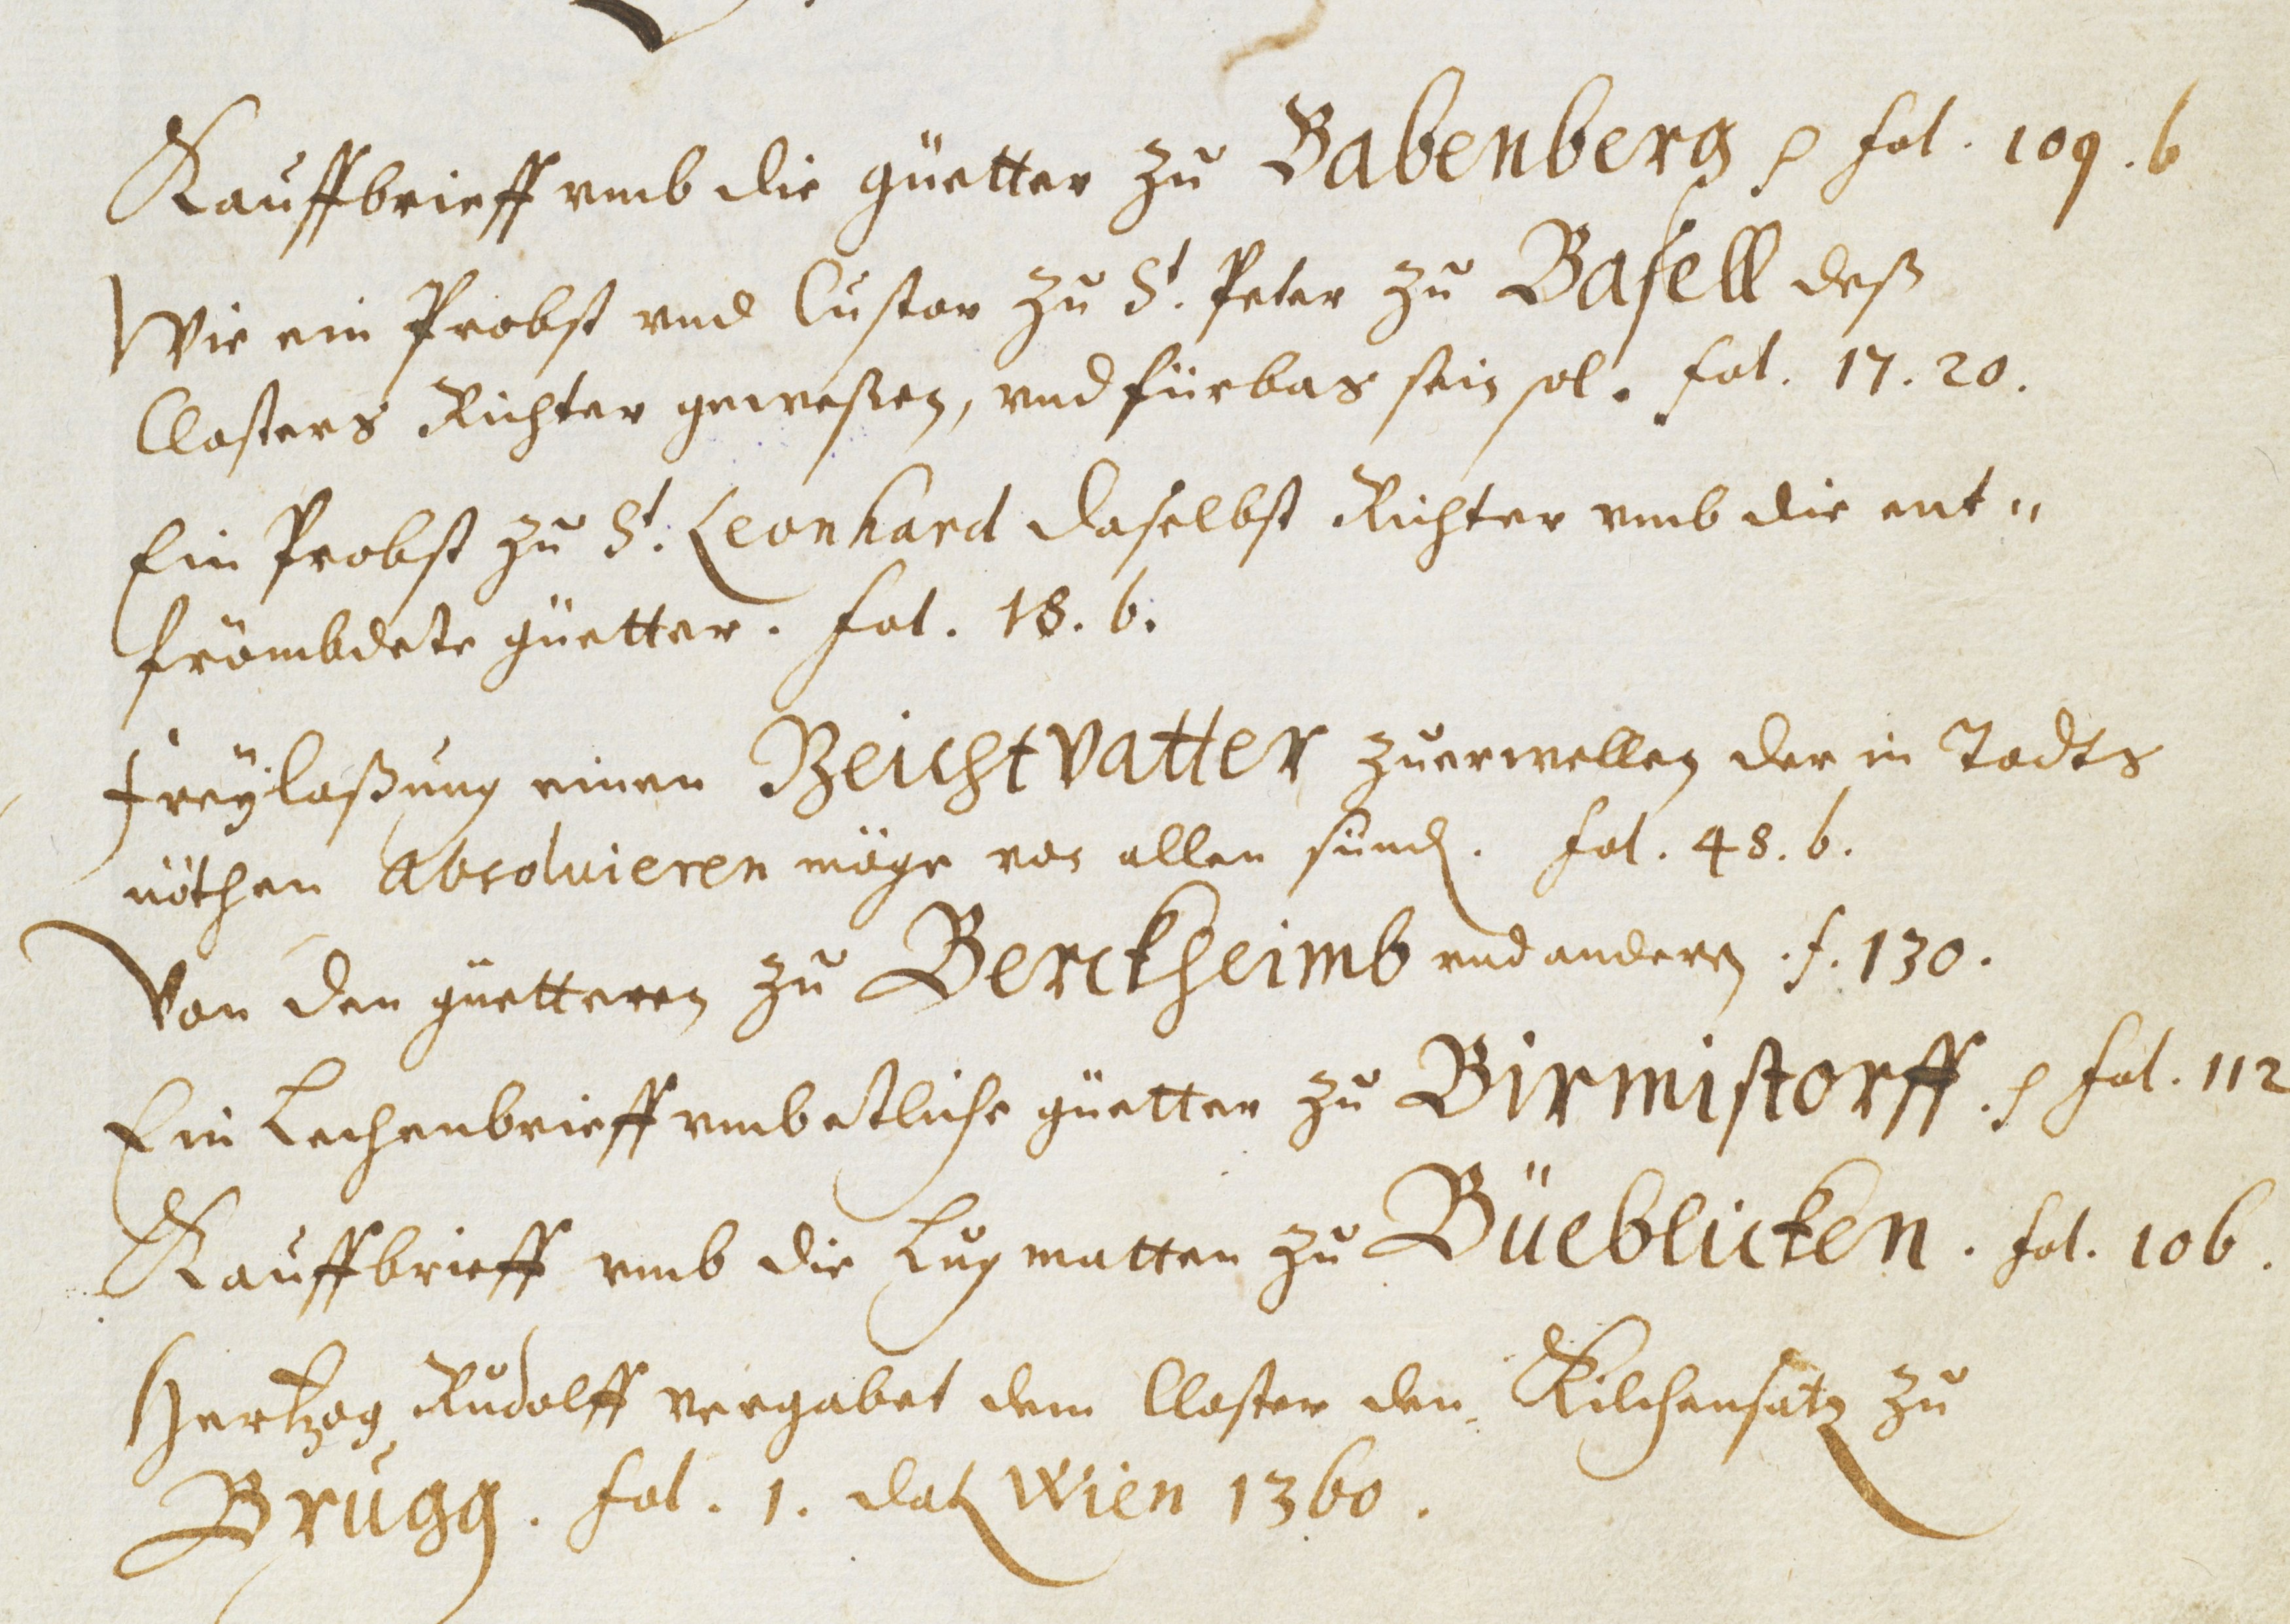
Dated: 1451–1510